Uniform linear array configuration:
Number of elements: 48
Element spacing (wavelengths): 0.5
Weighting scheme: cosine
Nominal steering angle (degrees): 60
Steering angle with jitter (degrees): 59.613
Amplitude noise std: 0.05
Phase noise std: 0.05

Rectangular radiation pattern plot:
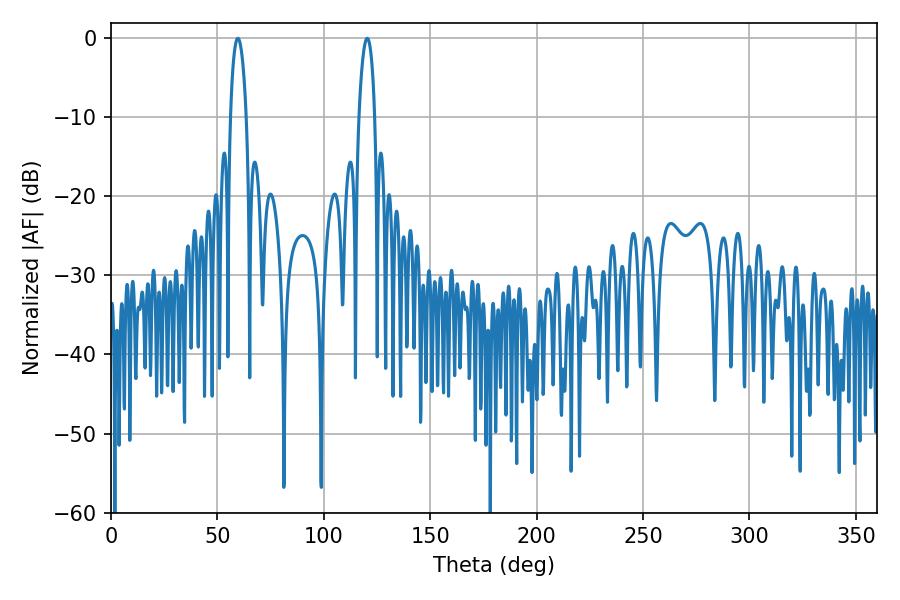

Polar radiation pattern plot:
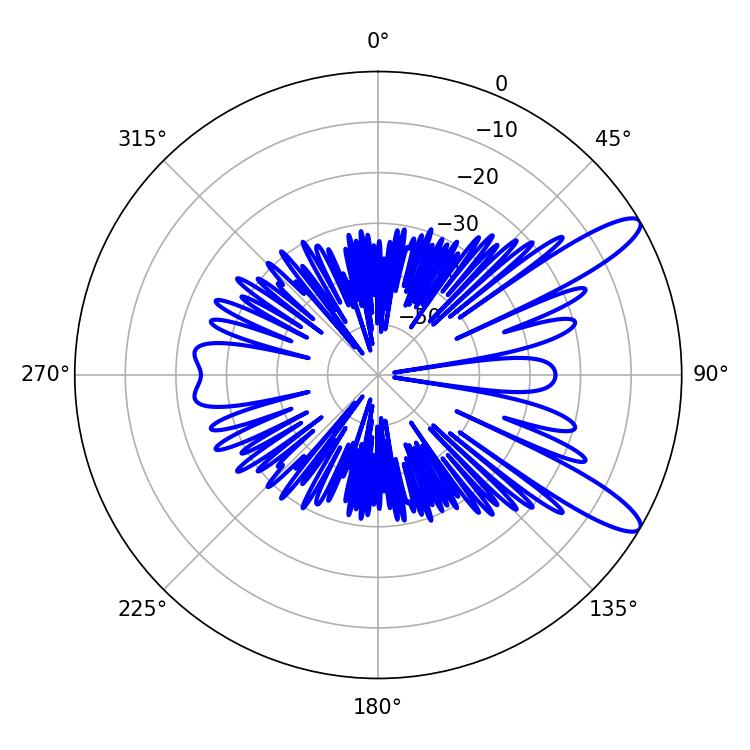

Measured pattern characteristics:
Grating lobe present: FALSE
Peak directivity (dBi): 11.541
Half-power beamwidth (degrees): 4.14
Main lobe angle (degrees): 59.58